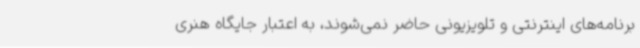
برنامه‌های اینترنتی و تلویزیونی حاضر نمی‌شوند، به اعتبار جایگاه هنری